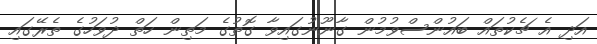
އަދި އެ ޗެކުތައް ބައުންސްވުމުން ގާނޫނުގައިވާ ގޮތުގެ މަތިން ހަތް ދުވަހުގެ ތެރޭގައި